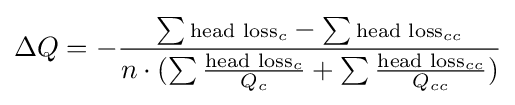
\Delta Q=-{\frac {\sum {\scriptstyle {\text{head loss}}_{c}}-\sum {\scriptstyle {\text{head loss}}_{cc}}}{n\cdot (\sum {\frac {{\text{head loss}}_{c}}{Q_{c}}}+\sum {\frac {{\text{head loss}}_{cc}}{Q_{cc}}})}}